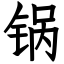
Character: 锅